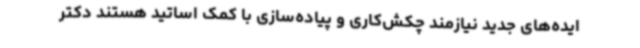
ایده‌های جدید نیازمند چکش‌کاری و پیاده‌سازی با کمک اساتید هستند دکتر